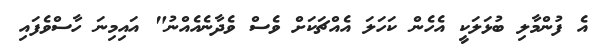
އެ ފުންމާލި ބުޅަލަކީ އެހެން ކަހަލަ އެއްޗަކަށް ވެސް ވެދާނެއެއްނު" އައިމިނަ ހާސްވެފައި